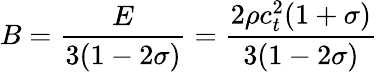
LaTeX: B=\frac{E}{3(1-2\sigma)}=\frac{2\rho c_{t}^{2}(1+\sigma)}{3(1-2\sigma)}